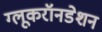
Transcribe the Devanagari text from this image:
ग्लूकरॉनडेशन